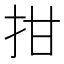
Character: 拑